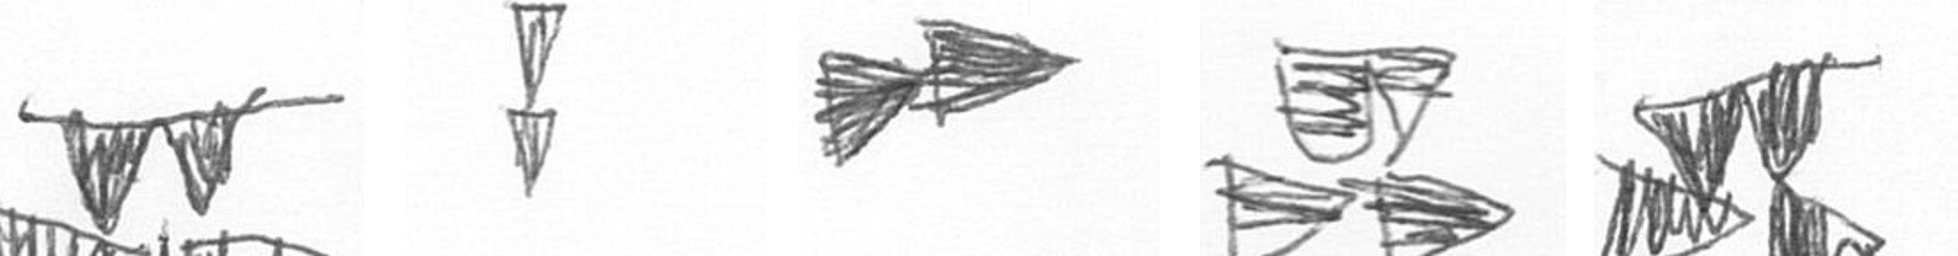
B Z A B B